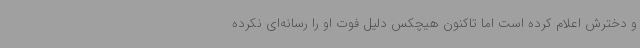
و دخترش اعلام کرده است اما تاکنون هیچکس دلیل فوت او را رسانه‌ای نکرده